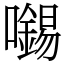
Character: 𡃶